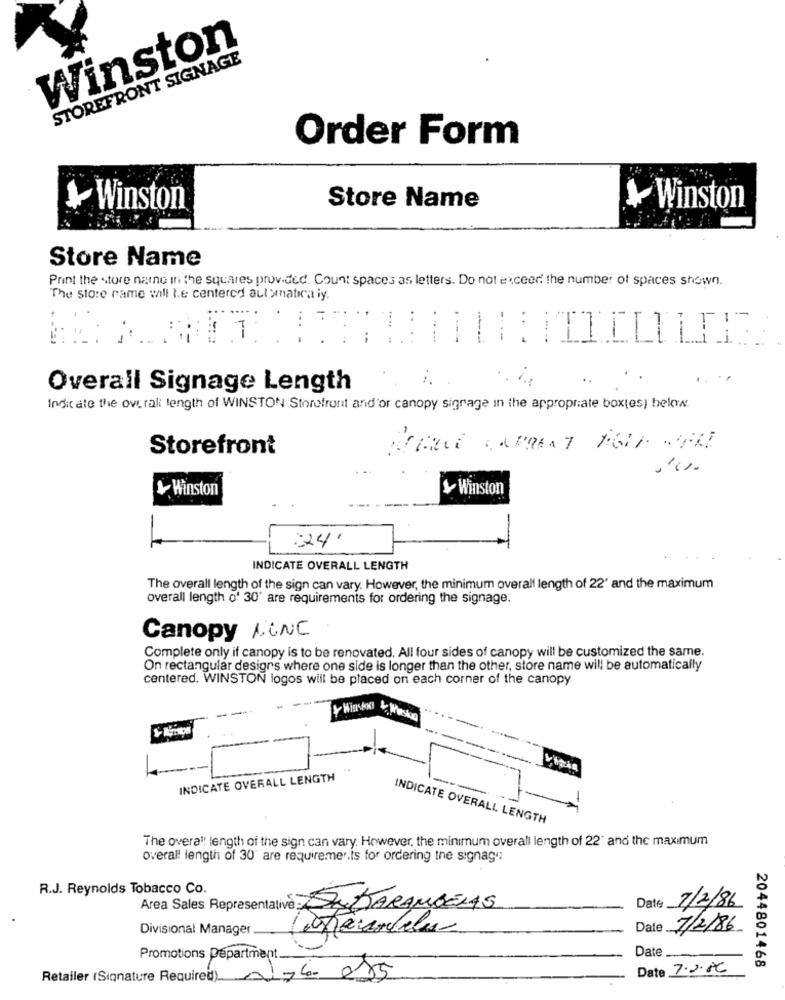
Winston
STOREFRONT SIGNAGE
Order Form
Winston
Store Name
Winston
Store Name
Print the store name in the squares provided. Count spaces as letters. Do not exceed the number of spaces shown.
The store name will te centered automatica iy.
...
..
...
Overall Signage Length
Indit ate the overall length of WINSTON Storefront and'or canopy sigrage in the appropriate boxtes) below.
Storefront
Winston
Winston
-
24'
INDICATE OVERALL LENGTH
The overall length of the sign can vary. However, the minimum overall length of 22' and the maximum
overall length of 30' are requirements for ordering the signage.
Canopy MINE
Complete only if canopy is to be renovated. All four sides of canopy will be customized the same.
On rectangular designs where one side is longer than the other, store name will be automatically
centered. WINSTON logos will be placed on each corner of the canopy
INDICATE OVERALL LENGTH
INDICATE OVERALL LENGTH
The overall length of the sign can vary. However, the minimum overall length of 22' and the maximum
overall length of 30" are requiremer.is for ordering the signage
R.J. Reynolds Tobacco Co.
Area Sales Representative : DASARANDELAS
Date
7/2/86
Divisional Manager
Dale
7/2/86
Date
Promotions Department.
Date 7.2.86
2044801468
Retailer (Signature Required)